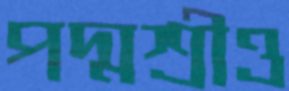
পদ্মশ্রীও